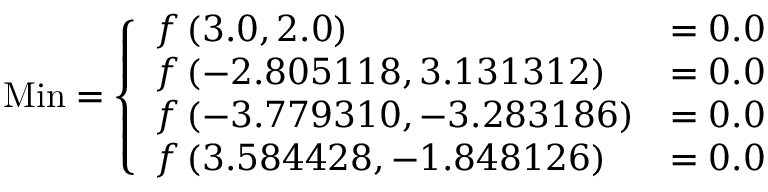
{ \mathrm { M i n } } = { \left\{ \begin{array} { l l } { f \left( 3 . 0 , 2 . 0 \right) } & { = 0 . 0 } \\ { f \left( - 2 . 8 0 5 1 1 8 , 3 . 1 3 1 3 1 2 \right) } & { = 0 . 0 } \\ { f \left( - 3 . 7 7 9 3 1 0 , - 3 . 2 8 3 1 8 6 \right) } & { = 0 . 0 } \\ { f \left( 3 . 5 8 4 4 2 8 , - 1 . 8 4 8 1 2 6 \right) } & { = 0 . 0 } \end{array} \right. }